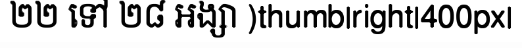
២២ ទៅ ២៨ អង្សា )thumb|right|400px|